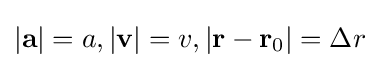
|\mathbf {a} |=a,|\mathbf {v} |=v,|\mathbf {r} -\mathbf {r} _{0}|=\Delta r